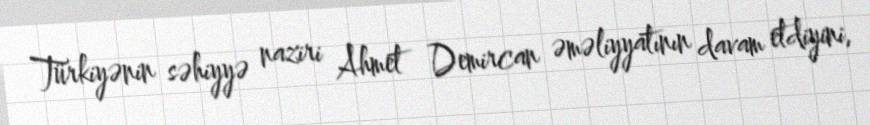
Türkiyənin səhiyyə naziri Ahmet Demircan əməliyyatının davam etdiyini,